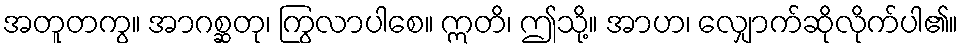
အတူတကွ။ အာဂစ္ဆတု၊ ကြွလာပါစေ။ ဣတိ၊ ဤသို့။ အာဟ၊ လျှောက်ဆိုလိုက်ပါ၏။